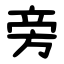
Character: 旁